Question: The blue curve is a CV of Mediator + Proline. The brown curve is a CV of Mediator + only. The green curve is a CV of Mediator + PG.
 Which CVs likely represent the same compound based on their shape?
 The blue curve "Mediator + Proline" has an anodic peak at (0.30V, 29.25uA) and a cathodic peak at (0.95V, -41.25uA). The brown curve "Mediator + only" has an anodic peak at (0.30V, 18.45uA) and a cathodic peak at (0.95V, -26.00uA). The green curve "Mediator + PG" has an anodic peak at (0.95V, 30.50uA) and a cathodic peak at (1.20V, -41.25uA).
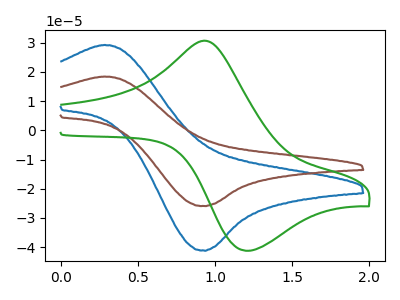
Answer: <think>All the peaks in "Mediator + Proline" have a peak in "Mediator + only" at the same potential. Every peak in "Mediator + Proline" is higher than every peak in "Mediator + only". "Mediator + Proline" and "Mediator + PG" have at least one peak that do not match. "Mediator + only" and "Mediator + PG" have at least one peak that do not match.
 </think>
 <answer>"Mediator + Proline" and "Mediator + only" have the same shape and are likely CV's of the same chemical.</answer>
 <eval>"Mediator + Proline" "Mediator + only"</eval>